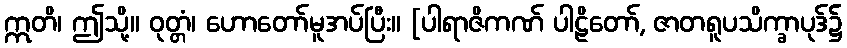
ဣတိ၊ ဤသို့။ ဝုတ္တံ၊ ဟောတော်မူအပ်ပြီး။ [ပါရာဇိကဏ် ပါဠိတော်, ဇာတရူပသိက္ခာပုဒ်၌